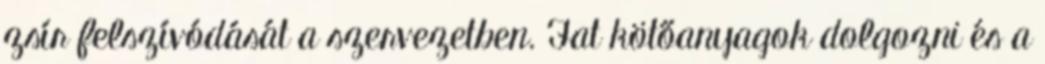
zsír felszívódását a szervezetben. Fat kötőanyagok dolgozni és a